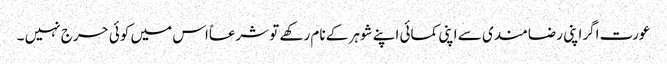
عورت اگراپنی رضامندی سے اپنی کمائی اپنے شوہر کے نام رکھے تو شرعاًاس میں کوئی حرج نہیں ۔